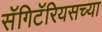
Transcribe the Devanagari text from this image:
सॅगिटॅरियसच्या